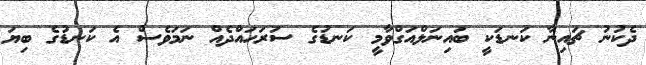
ދެކުނު ޗައިނާ ކަނޑަކީ ބައިނަލްއަގްވާމީ ކަނޑުގެ ސަރަހައްދެއް ނަމަވެސް އެ ކަނޑުގެ ބިޔަ